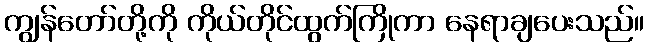
ကျွန်တော်တို့ကို ကိုယ်တိုင်ထွက်ကြိုကာ နေရာချပေးသည်။